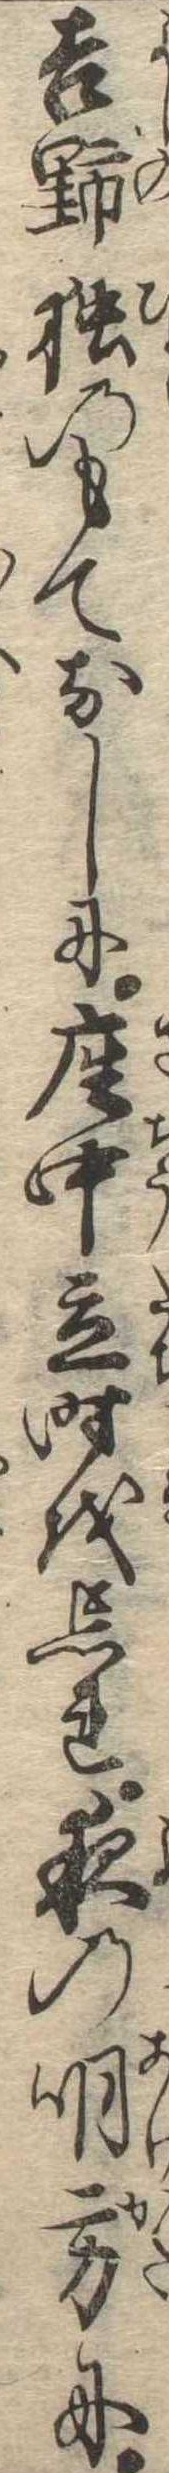
吉野独のもてなしに座中立時を忘れ夜の明方に